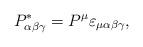
LaTeX: \begin{align*} P^\ast_{\alpha\beta\gamma}=P^\mu \varepsilon_{\mu\alpha\beta\gamma},\end{align*}